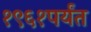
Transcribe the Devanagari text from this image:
१९६१पर्यंत